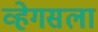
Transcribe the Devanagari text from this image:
व्हेगसला